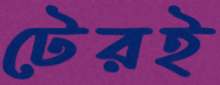
টেরই